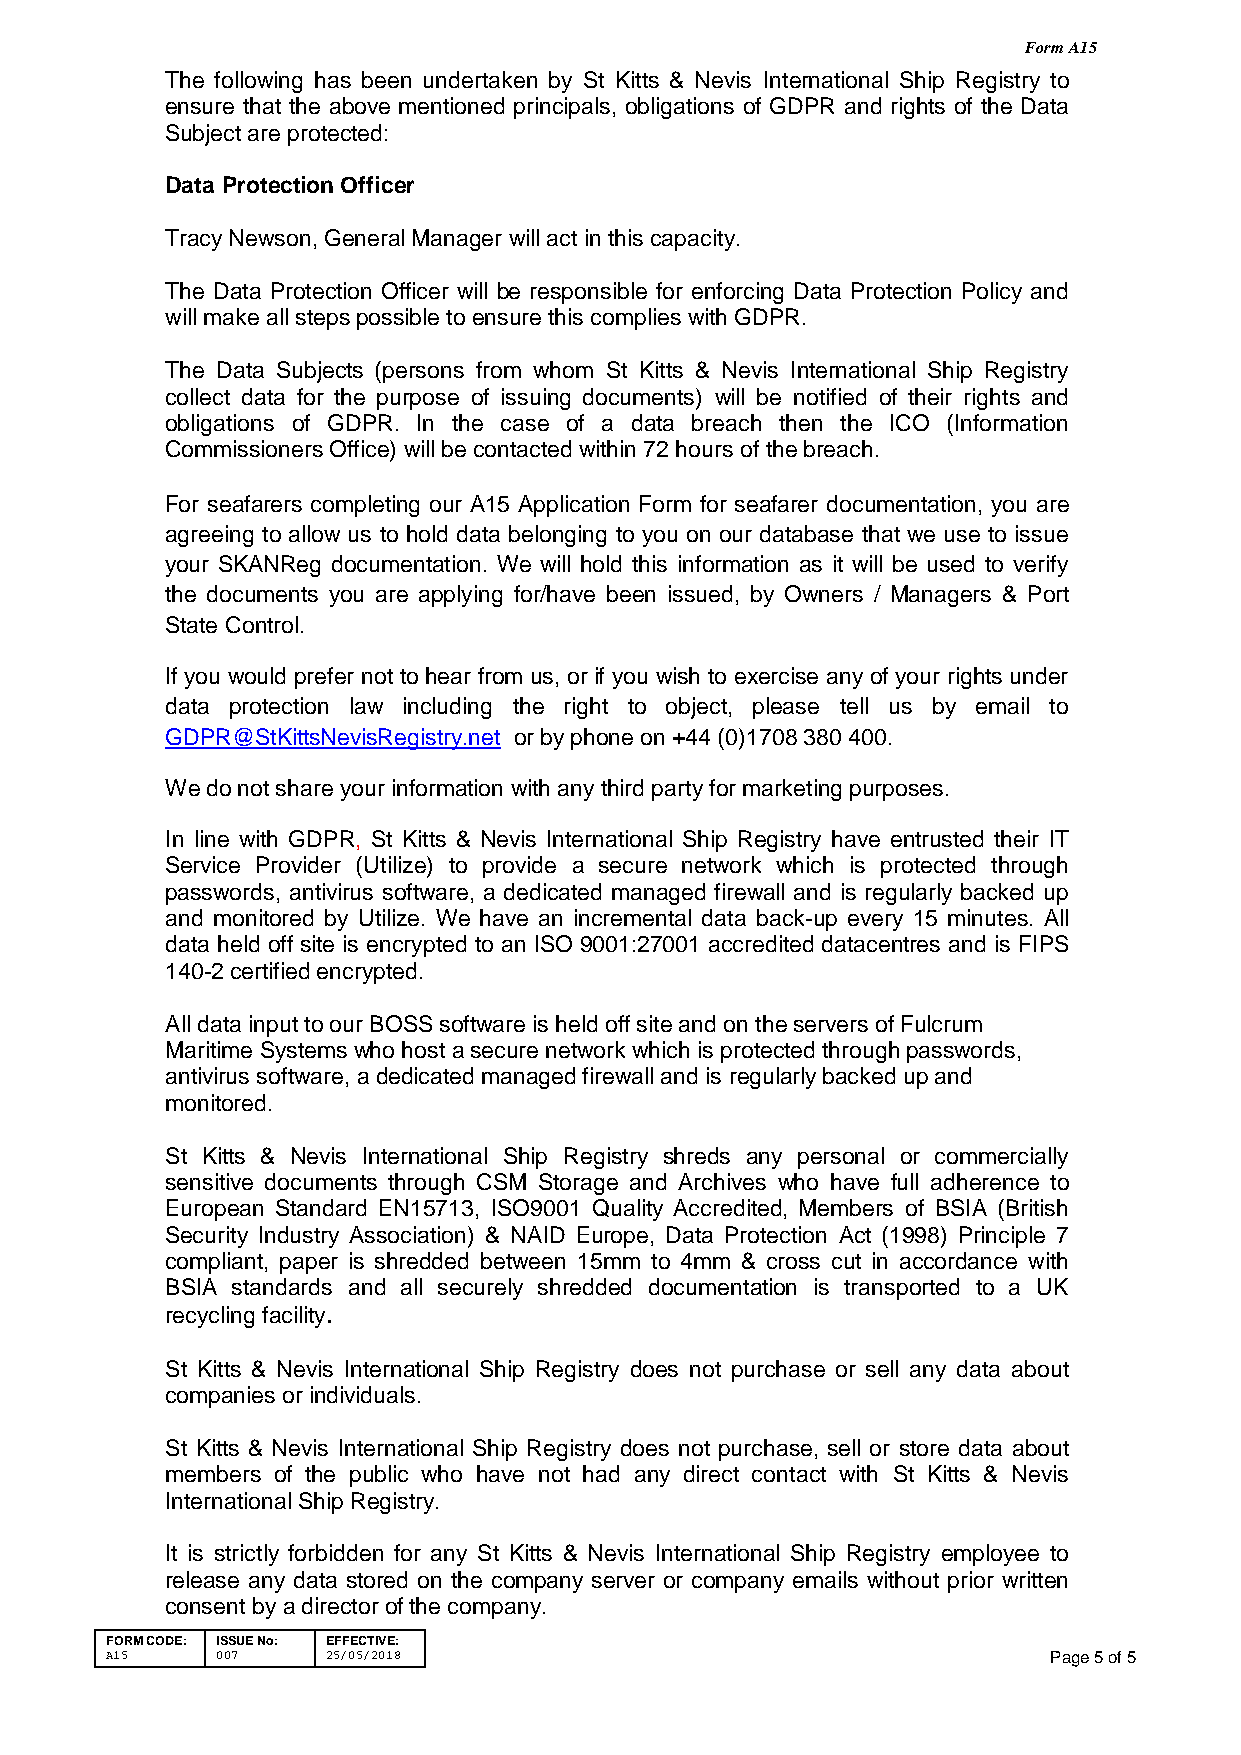
Form A15
 The following has been undertaken by St Kitts & Nevis International Ship Registry to
 ensure that the above mentioned principals, obligations of GDPR and rights of the Data
 Subject are protected:
 Data Protection Officer
 Tracy Newson, General Manager will act in this capacity.
 The Data Protection Officer will be responsible for enforcing Data Protection Policy and
 will make all steps possible to ensure this complies with GDPR.
 The Data Subjects (persons from whom St Kitts & Nevis International Ship Registry
 collect data for the purpose of issuing documents) will be notified of their rights and
 obligations of GDPR. In the case of a data breach then the ICO (Information
 Commissioners Office) will be contacted within 72 hours of the breach.
 For seafarers completing our A15 Application Form for seafarer documentation, you are
 agreeing to allow us to hold data belonging to you on our database that we use to issue
 your SKANReg documentation. We will hold this information as it will be used to verify
 the documents you are applying for/have been issued, by Owners / Managers & Port
 State Control.
 If you would prefer not to hear from us, or if you wish to exercise any of your rights under
 data protection law including the right to object, please tell us by email to
 GDPR@StKittsNevisRegistry.net or by phone on +44 (0)1708 380 400.
 We do not share your information with any third party for marketing purposes.
 In line with GDPR, St Kitts & Nevis International Ship Registry have entrusted their IT
 Service Provider (Utilize) to provide a secure network which is protected through
 passwords, antivirus software, a dedicated managed firewall and is regularly backed up
 and monitored by Utilize. We have an incremental data back-up every 15 minutes. All
 data held off site is encrypted to an ISO 9001:27001 accredited datacentres and is FIPS
 140-2 certified encrypted.
 All data input to our BOSS software is held off site and on the servers of Fulcrum
 Maritime Systems who host a secure network which is protected through passwords,
 antivirus software, a dedicated managed firewall and is regularly backed up and
 monitored.
 St Kitts & Nevis International Ship Registry shreds any personal or commercially
 sensitive documents through CSM Storage and Archives who have full adherence to
 European Standard EN15713, ISO9001 Quality Accredited, Members of BSIA (British
 Security Industry Association) & NAID Europe, Data Protection Act (1998) Principle 7
 compliant, paper is shredded between 15mm to 4mm & cross cut in accordance with
 BSIA standards and all securely shredded documentation is transported to a UK
 recycling facility.
 St Kitts & Nevis International Ship Registry does not purchase or sell any data about
 companies or individuals.
 St Kitts & Nevis International Ship Registry does not purchase, sell or store data about
 members of the public who have not had any direct contact with St Kitts & Nevis
 International Ship Registry.
 It is strictly forbidden for any St Kitts & Nevis International Ship Registry employee to
 release any data stored on the company server or company emails without prior written
 consent by a director of the company.
 FORM CODE: ISSUE No: EFFECTIVE:
 A15    007     25/05/2018                                      Page 5 of 5